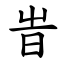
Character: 旹